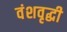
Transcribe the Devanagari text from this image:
वंशवृद्धी